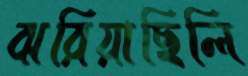
ঝরিয়াছিলি